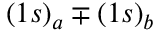
( 1 s ) _ { a } \mp ( 1 s ) _ { b }